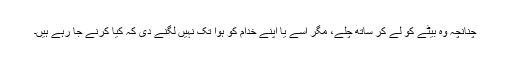
چنانچہ وہ بیٹے کو لے کر ساتھ چلے، مگر اسے یا اپنے خدام کو ہوا تک نہیں لگنے دی کہ کیا کرنے جا رہے ہیں۔